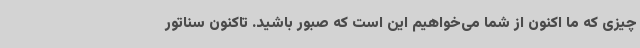
چیزی که ما اکنون از شما می‌خواهیم این است که صبور باشید. تاکنون سناتور